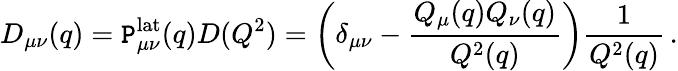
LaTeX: D_{\mu\nu}(q)=\mathtt{P}_{\mu\nu}^{\mathrm{{lat}}}(q)D(Q^{2})=\left(\delta_{\mu\nu}-\frac{{Q_{\mu}(q)Q_{\nu}(q)}}{{Q^{2}(q)}}\right)\frac{{1}}{{Q^{2}(q)}}\, .